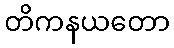
တိကနယတော